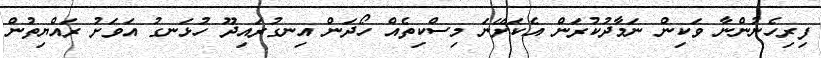
ފިރިހެނުންނާ ވަކިން ނަމާދުކުރަން އެކަށޭނަ މިސްކިތެއް ހޯދަން އިނގުރައިދޫ ހުޅަނގު އަވަށު ރައްޔިތުން